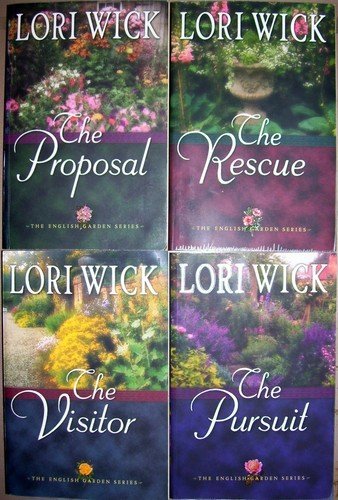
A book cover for The Proposal, The Rescue, The Visitor, The Pursuit  (The English Garden Series Books 1-4); Lori Wick; Crafts, Hobbies & Home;